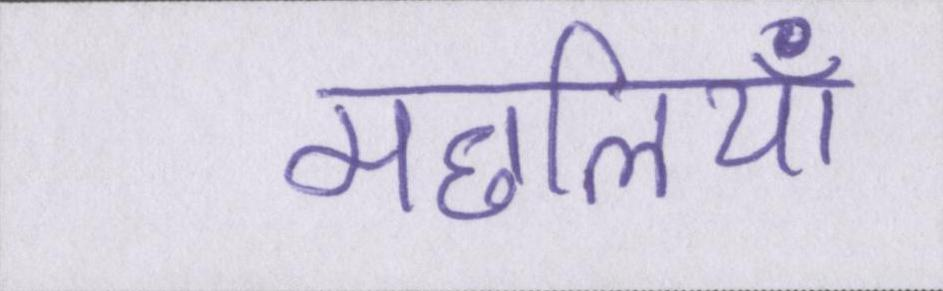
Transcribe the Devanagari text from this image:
मछलियाँ